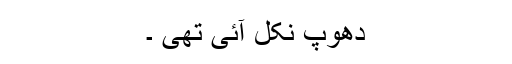
دھوپ نکل آئی تھی ۔